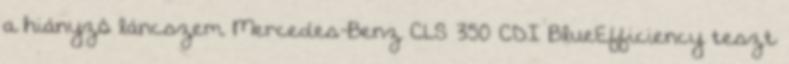
a hiányzó láncszem Mercedes-Benz CLS 350 CDI BlueEfficiency teszt